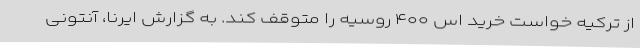
از ترکیه خواست خرید اس ۴۰۰ روسیه را متوقف کند. به گزارش ایرنا، آنتونی